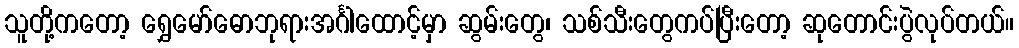
သူတို့ကတော့ ရွှေမော်ဓောဘုရားအင်္ဂါထောင့်မှာ ဆွမ်းတွေ၊ သစ်သီးတွေကပ်ပြီးတော့ ဆုတောင်းပွဲလုပ်တယ်။